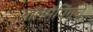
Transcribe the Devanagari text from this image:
वॉलमॅपिंगचे